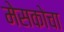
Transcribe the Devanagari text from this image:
मेसकोचा